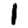
Digit: 1